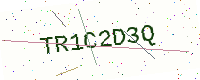
Text: TR1C2D3Q